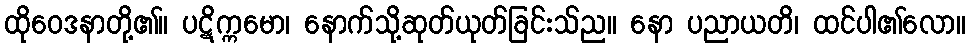
ထိုဝေဒနာတို့၏။ ပဋိက္ကမော၊ နောက်သို့ဆုတ်ယုတ်ခြင်းသ်ည။ နော ပညာယတိ၊ ထင်ပါ၏လော။